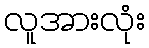
လူအားလုံး